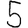
Digit: 5